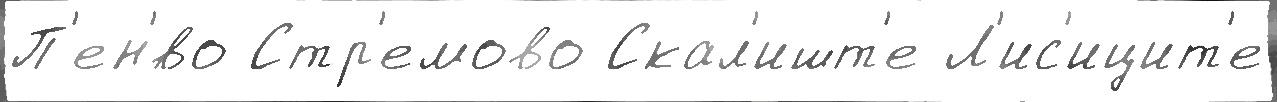
П'ен'́во Стр'емово Скал'ишт'е Л'ис'ицит'е